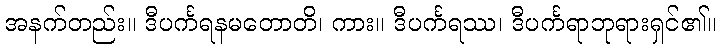
အနက်တည်း။ ဒီပင်္ကရနမတောတိ၊ ကား။ ဒီပင်္ကရဿ၊ ဒီပင်္ကရာဘုရားရှင်၏။